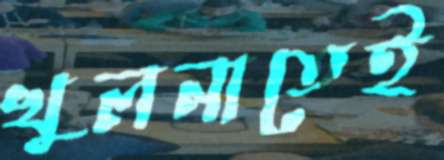
খুলনাতেই